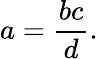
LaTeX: a={\frac{bc}{d}}.